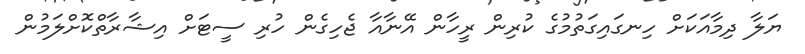
ޔަލާ ދިމާއަކަށް ހިނގައިގަތުމުގެ ކުރިން ރީހާން އޭނާއާ ޖެހިގެން ހުރި ސީޓަށް އިޝާރާތްކޮށްލަމުން